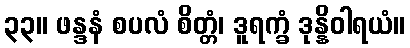
၃၃။ ဖန္ဒနံ စပလံ စိတ္တံ၊ ဒူရက္ခံ ဒုန္နိဝါရယံ။